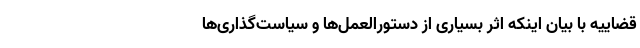
قضاییه با بیان اینکه اثر بسیاری از دستورالعمل‌ها و سیاست‌گذاری‌ها